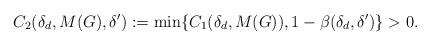
LaTeX: \begin{align*}C_2(\delta_d, M(G), \delta^{\prime}):=\min \{C_1(\delta_d, M(G)), 1 - \beta(\delta_d, \delta') \} > 0.\end{align*}